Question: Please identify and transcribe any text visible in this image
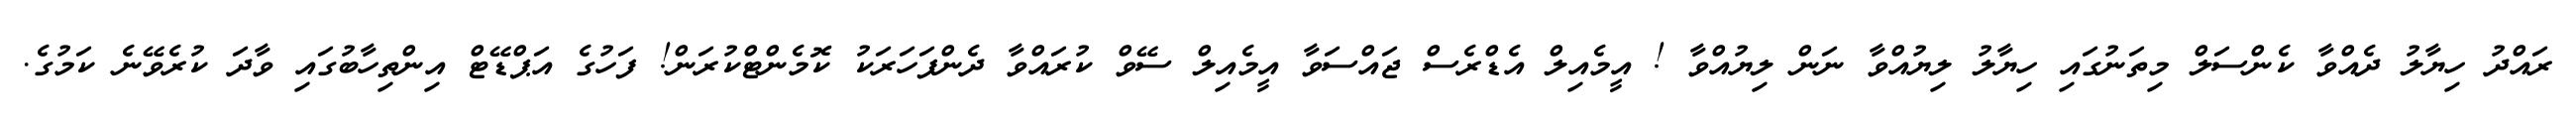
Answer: ރައްދު ހިޔާލު ދެއްވާ ކެންސަލް މިތަނުގައި ހިޔާލު ލިޔުއްވާ ނަން ލިޔުއްވާ ! އީމެއިލް އެޑްރެސް ޖައްސަވާ އީމެއިލް ސޭވް ކުރައްވާ ދެންފަހަރަކު ކޮމެންޓްކުރަން! ފަހުގެ އަޕްޑޭޓް އިންތިހާބުގައި ވާދަ ކުރެވޭނެ ކަމުގެ.